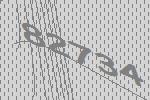
82734